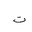
Letter: _ta